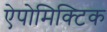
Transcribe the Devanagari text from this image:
ऐपोमिक्टिक